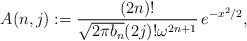
LaTeX: \begin{align*}A(n,j) := \frac{(2n)!}{\sqrt{2\pi b_n} (2j)! \omega^{2n+1}}\, e^{-x^2/2},\end{align*}